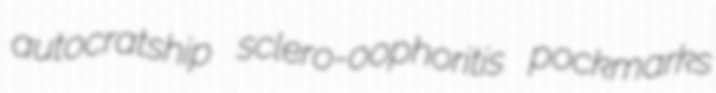
autocratship sclero-oophoritis pockmarks